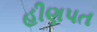
હીણપત